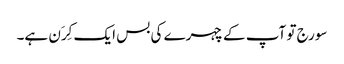
سورج تو آپ کے چہرے کی بس ایک کِرَن ہے۔